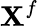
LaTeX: \mathbf{X}^{f}